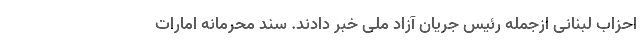
احزاب لبنانی ازجمله رئیس جریان آزاد ملی خبر دادند. سند محرمانه امارات